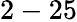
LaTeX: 2-25